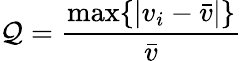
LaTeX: \mathcal{Q}=\frac{{\operatorname*{max}\{ |v_{i}-\bar{{v}}|\} }}{{\bar{{v}}}}